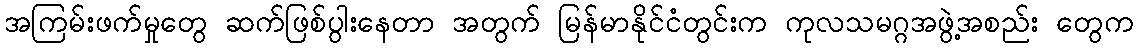
အကြမ်းဖက်မှုတွေ ဆက်ဖြစ်ပွါးနေတာ အတွက် မြန်မာနိုင်ငံတွင်းက ကုလသမဂ္ဂအဖွဲ့အစည်း တွေက